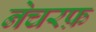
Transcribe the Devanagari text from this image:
नेचरफ़